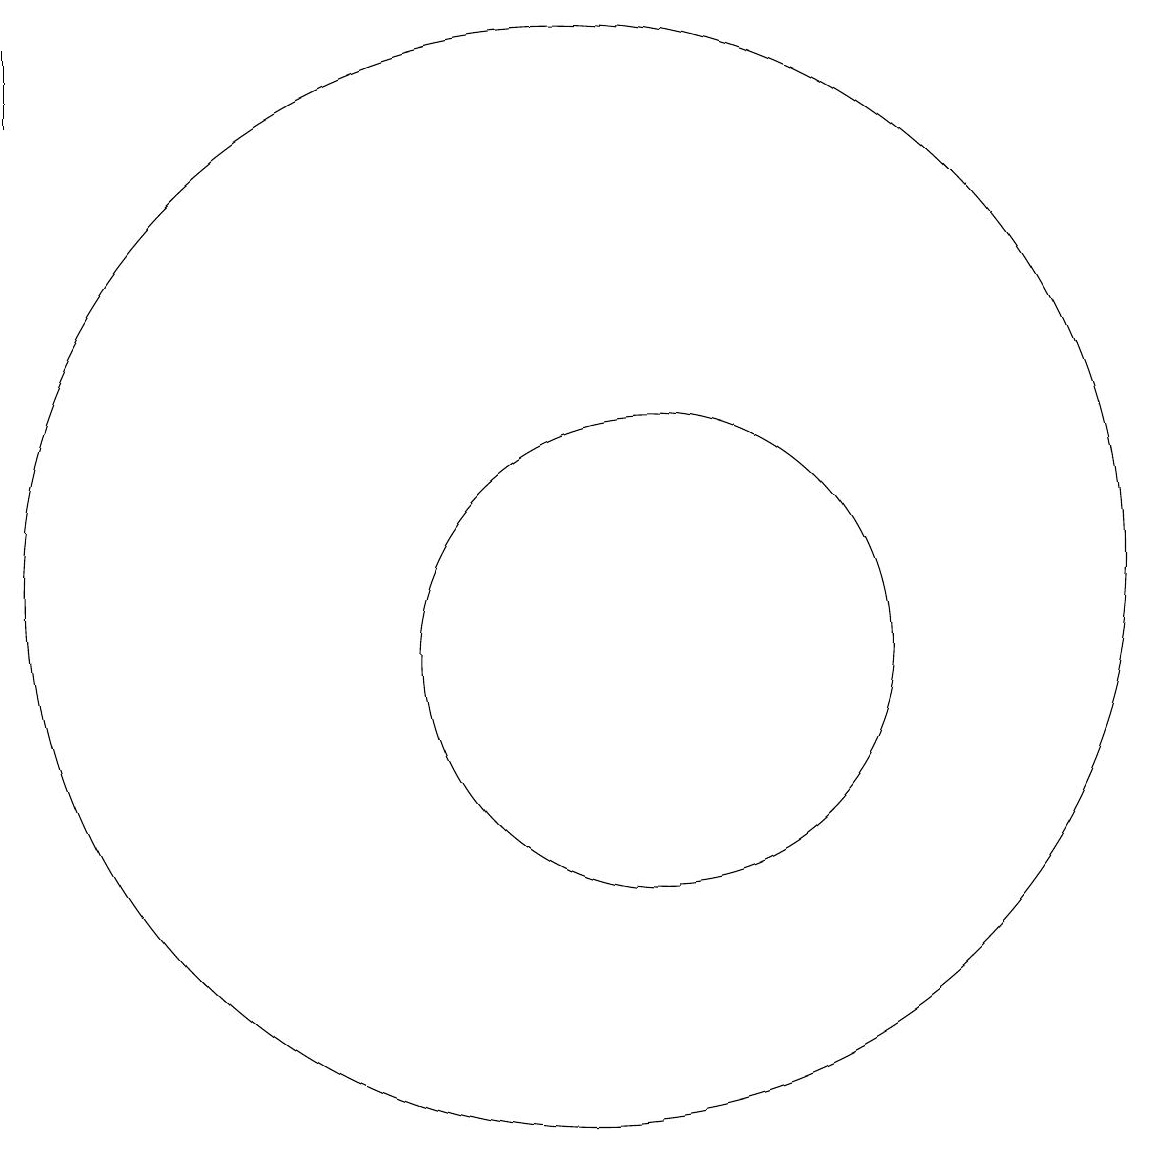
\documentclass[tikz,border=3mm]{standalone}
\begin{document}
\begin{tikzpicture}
\draw (11,10) circle (3);
\draw (3,17) rectangle (3,18);
\draw (11,12) circle (0);
\draw (10,11) circle (7);
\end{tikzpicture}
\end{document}